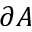
\partial A